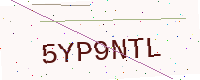
Text: 5YP9NTL